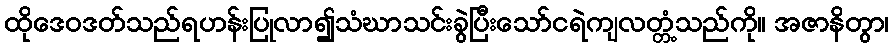
ထိုဒေဝဒတ်သည်ရဟန်းပြုလာ၍သံဃာသင်းခွဲပြီးသော်ငရဲကျလတ္တံ့သည်ကို။ အဇာနိတွာ၊